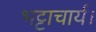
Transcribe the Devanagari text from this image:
भट्टाचार्य।